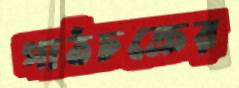
পাঠচক্রের